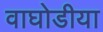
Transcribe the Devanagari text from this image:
वाघोडीया